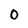
Character: 0